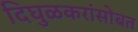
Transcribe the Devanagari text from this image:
दिघुळकरांसोबत